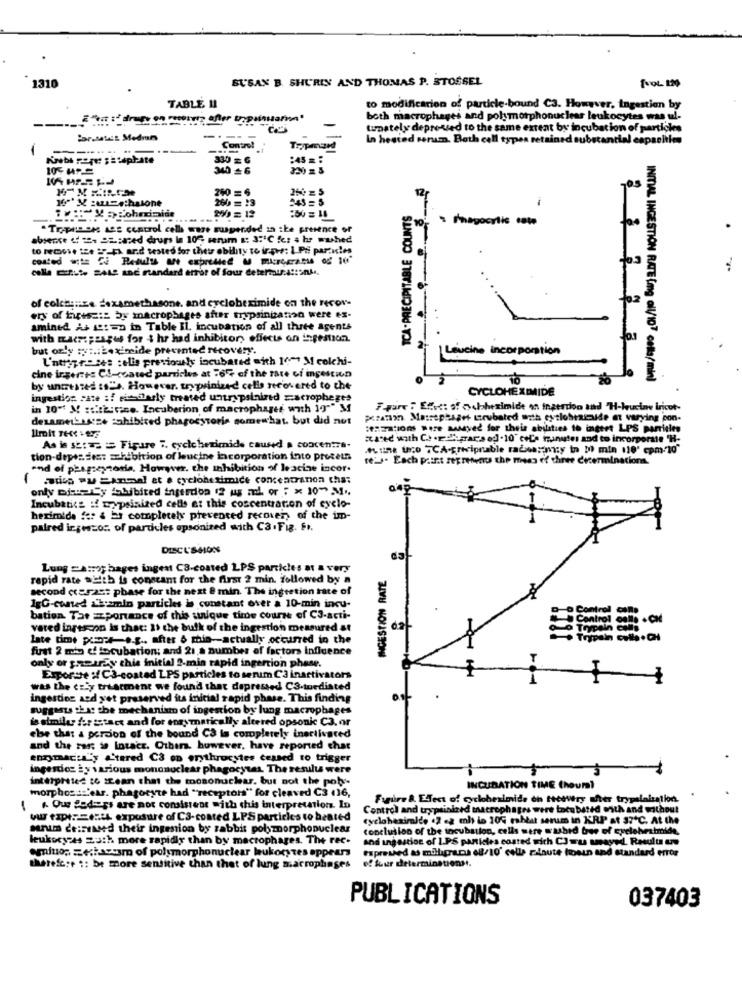
SUSAN B. SHURIN AND THOMAS P. STOSSEL
1310
TABLE II
to modification of particle-bound C3. However, ingestion by
--
ERnt : drops on roomon; after trypsinusar"
both macrophages and polymorphonuclear leukocytes was ul-
-
tunately depre-ved to the same extent by incubation of particles
Por.sus Medmes
In hested serum. Both cell types retained substantial capacities
Control
Trypmand
:45 =:
340 +6
260 = 13
345 = 5
A-PRECIPITABLE COUNTS
12
i
- /hagocylic -we
.Tripiser Les control cell ware suspended in the presence of
to NeOGse tze 27-FA ar.d tested for thetr ability to irps: I Pli parzu!es
costed t= 2.
calle minste Base and standard error of four detertura !: onl .,
of colch ::: ze dexamethasone. and cyclobeximide on the recor-
ery of firesz:s by macrophages after trypsinization were es-
amined As set =a in Table Il. incubation of all three agents
with macrspeseus for $ hr had inhibitor, effects on ingestion.
but only sys .: Leximide prevented recovery.
Leucine Incorporation
L'ntryg re ses :elle previously incubated with 1077 M colchi-
cine ingeric CS-coated particles at :64 of the rate ci ingestion
INITIAL INGESTION RATE (img all/107 cella/min)
by uncrested :s"s. However. trypsinized cells recovered to the
CYCLOHEXIMIDE
ingestion cate :f piilarly treated untrypsinired zacrophegte
in 10" X :::: Excise. Incuberion of macrophages with IT"" M
Faure 7 Effect of odlheximide on ingerdoo and "H-bucine tricot-
desamethis.se tohibited phagocytoris somewhat. but did not
piano Massepaget trubated anth cytlohricide at varying pon-
:OHation Dere Mye for theis abilities to ingert LPS parrisles
stated with C .. . Edkyar's og .10 cela hunutes and to incorporate "H-
As is st: == = Figure 7. cyclchezimide caused a concentra-
.. Line Ugo TCA.Freriprable races;wicy in M) min 110' cpm:"10"
tion-depez dest =hibition of leucine incorporation into process
re: . Each paint zepresents the mean of three cecerminations.
end of phagseytoria. Howwer. che inhibition of leacine incor.
( adies wy zanmal et e cycloheximice concentranon tha:
only mich Sy fsbbited inperdon 12 us mod. or " x 10" M ..
Incubatics :f trypsinized cells et this coscentration of cyclo-
hexim'de f & bs completely prevented recover, of the im-
paired irgeszor of pardeles opsonited with C3 .Fig. Fr.
DISCUSSION
Lung =Atrop hages ingest CS-coated LPS particles at a very
INGESTION RATE
rapid rate welth is constant for the first 2 min. followed by a
second ccarast phase for the next @ min. The ingtetion tate of
1gG-conted 2}:zmin particles is constant over a 10-min incu-
bation. Tae =zportance of this unique time course of C3-acti-
vared ingescon is that: 11 the bulk of the ingestion measured at
late time pomoce-e.g .. after & mhin-actually occurred in the
first 2 mio ef focubation; and 21 a number of factors Influence
only or przetrzy chie inicial 2-min rapid ingertion phase.
Expore : C3-coated LPS particles to serum C3 inactivators
was the cziy treatment we found that depressed C3-turdisted
ingestion ard yet preserved its initial rapid phase. This finding
suggests that the mechanism of ingestion by lung macrophages
de similar der istact and for enzymatically altered opsonk C3. or
ele that a person of the bound CS is completely inertivared
and the ras: io Intact. Others. however, have reported that
enzymach ily a'tered C3 on erythrocytes ceased to trigger
ingesticz ży various mononuclear phagocytas. The results were
interpreted 16 Mean that the mosonuclear. but not the pob-
morphosiss'ear. phagocyte had "receptors" for cleaved C3 (16,
INCUBATION TIME Chouml
Faire &. Effect of cycloheximide ch ttetWry after trypslalation.
Que Sedays are not consistent with this interpretation. In
Control and trypsinlard macrophages wert tacubated with and without
ww toprze:4 exposure of C3-coated LPS particics to beated
cycloheximide .2 .2 mh is 10G rabbit serum in KRP at 37*℃. At the
serum ce:rased their ingestion by rabbit pobmorphonuclear
conclusion of the incubation, cells were washed bor of eyeleheatmide
leukocyzes 23th more rapidly than by macrophages. The rec.
and ingestion of 1.PS panicles costed wich C3 wu wayed. Resulu ue
eminos zechavesm of polymorphonuclear leukocytes appears
expressed as mobigrana e8/10' celle minute hoeun and standard error
of four determinationst.
therefc:e :: be more sensitive than that of lung macrophages
PUBLICATIONS
037403